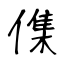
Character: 𠍱